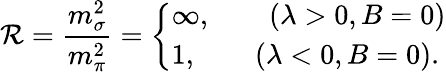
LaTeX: \mathcal{R}=\frac{{m_{\sigma}^{2}}}{{m_{\pi}^{2}}}=\left\{ \begin{array}{l}{{\infty,\qquad(\lambda>0,B=0)}}\\ {{1,\qquad(\lambda<0,B=0).}}\end{array}\right.